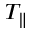
T _ { \parallel }